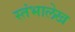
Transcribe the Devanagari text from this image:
स्‍तंभालेख